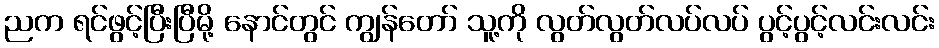
ညက ရင်ဖွင့်ပြီးပြီမို့ နောင်တွင် ကျွန်တော် သူ့ကို လွတ်လွတ်လပ်လပ် ပွင့်ပွင့်လင်းလင်း